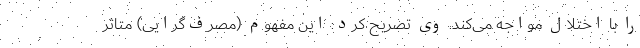
را با اختلال مواجه می‌کند. وی تصریح کرد: این مفهوم (مصرف‌گرایی) متاثر